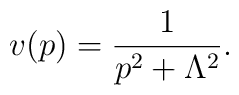
v(p) = {1\over p^2 + \Lambda^2}.